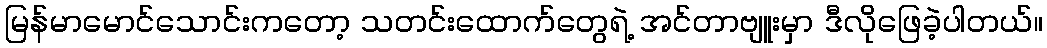
မြန်မာမောင်သောင်းကတော့ သတင်းထောက်တွေရဲ့ အင်တာဗျူးမှာ ဒီလိုဖြေခဲ့ပါတယ်။